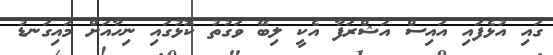
ގައި އުޅެފައި އައިސް އަޝްރަފާ އެކީ ލިބޭ ވަގުތު ކޮޅުގައި ނިހާއަށް މައިގަނޑު